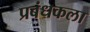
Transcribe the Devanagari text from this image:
प्रबंधकला